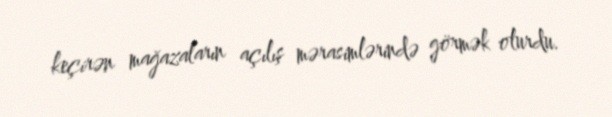
keçirən mağazaların açılış mərasimlərində görmək olurdu.